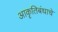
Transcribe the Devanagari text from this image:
आकॄतिबंधाचे